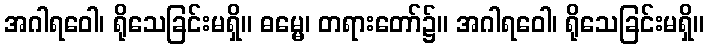
အဂါရဝေါ၊ ရိုသေခြင်းမရှိ။ ဓမ္မေ၊ တရားတော်၌။ အဂါရဝေါ၊ ရိုသေခြင်းမရှိ။